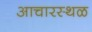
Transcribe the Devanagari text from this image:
आचारस्थळ